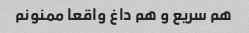
هم سریع و هم داغ واقعا ممنونم